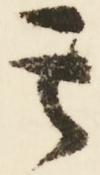
其